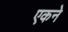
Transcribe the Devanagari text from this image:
एकने